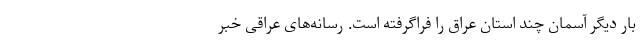
بار دیگر آسمان چند استان عراق را فراگرفته است. رسانه‌های عراقی خبر